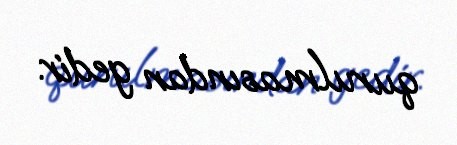
qurulmasından gedir.